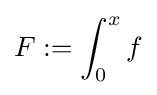
F:=\int _{0}^{x}f